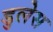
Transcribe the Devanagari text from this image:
डुलेस